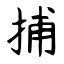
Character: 捕